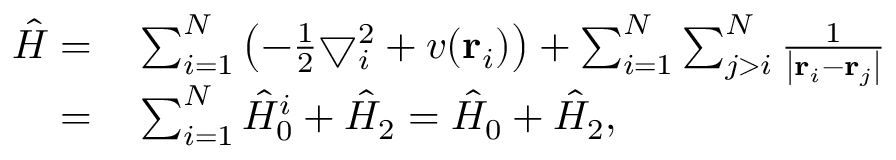
\begin{array} { r } { \begin{array} { r l } { \hat { H } = } & { { } \sum _ { i = 1 } ^ { N } \left( - \frac { 1 } { 2 } \bigtriangledown _ { i } ^ { 2 } + v ( \mathbf { r } _ { i } ) \right) + \sum _ { i = 1 } ^ { N } \sum _ { j > i } ^ { N } \frac { 1 } { \left| \mathbf { r } _ { i } - \mathbf { r } _ { j } \right| } } \\ { = } & { { } \sum _ { i = 1 } ^ { N } \hat { H } _ { 0 } ^ { i } + \hat { H } _ { 2 } = \hat { H } _ { 0 } + \hat { H } _ { 2 } , } \end{array} } \end{array}